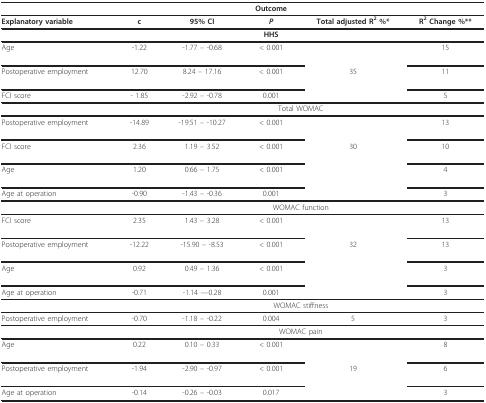
|  |  |  | Outcome |  |  |
 | --- | --- | --- | --- | --- | --- |
 | Explanatory variable | c | 95% CI | P | Total adjusted R2 %* | R2 Change %** |
 |  |  |  | HHS |  |  |
 | Age | -1.22 | -1.77 -- -0.68 | < 0.001 |  | 15 |
 | Postoperative employment | 12.70 | 8.24 -- 17.16 | < 0.001 | 35 | 11 |
 | FCI score | - 1.85 | -2.92 -- -0.78 | 0.001 |  | 5 |
 |  | <COLSPAN=5> Total WOMAC |
 | Postoperative employment | -14.89 | -19.51 -- -10.27 | < 0.001 |  | 13 |
 | FCI score | 2.36 | 1.19 -- 3.52 | < 0.001 | 30 | 10 |
 | Age | 1.20 | 0.66 -- 1.75 | < 0.001 |  | 4 |
 | Age at operation | -0.90 | -1.43 -- -0.36 | 0.001 |  | 3 |
 |  | <COLSPAN=5> WOMAC function |
 | FCI score | 2.35 | 1.43 -- 3.28 | < 0.001 |  | 13 |
 | Postoperative employment | -12.22 | -15.90 -- -8.53 | < 0.001 | 32 | 13 |
 | Age | 0.92 | 0.49 -- 1.36 | < 0.001 |  | 3 |
 | Age at operation | -0.71 | -1.14 ---0.28 | 0.001 |  | 3 |
 |  | <COLSPAN=5> WOMAC stiffness |
 | Postoperative employment | -0.70 | -1.18 -- -0.22 | 0.004 | 5 | 3 |
 |  | <COLSPAN=5> WOMAC pain |
 | Age | 0.22 | 0.10 -- 0.33 | < 0.001 |  | 8 |
 | Postoperative employment | -1.94 | -2.90 -- -0.97 | < 0.001 | 19 | 6 |
 | Age at operation | -0.14 | -0.26 -- -0.03 | 0.017 |  | 3 |